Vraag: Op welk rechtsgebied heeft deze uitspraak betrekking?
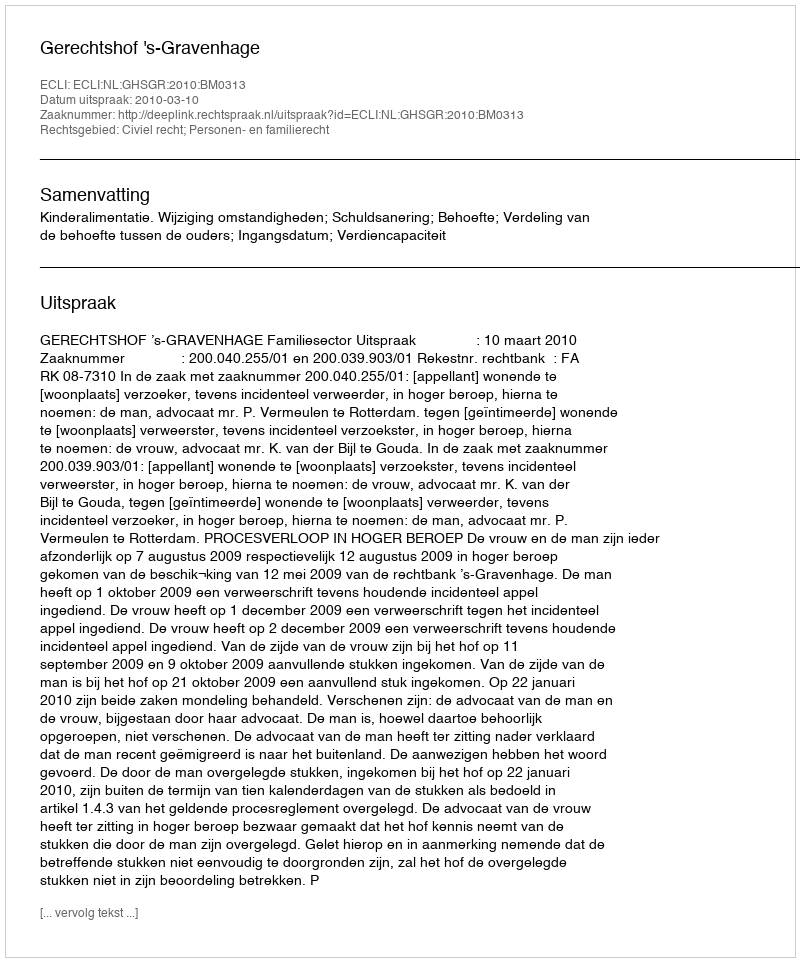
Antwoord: Civiel recht; Personen- en familierecht